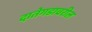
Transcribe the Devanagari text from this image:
दातेगडावरील